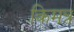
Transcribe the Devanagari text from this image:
किमत्र